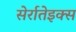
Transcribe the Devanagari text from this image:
सेर्रातेइक्स